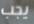
يجب